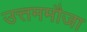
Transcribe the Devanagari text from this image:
उत्तममौजा